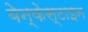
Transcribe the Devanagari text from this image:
बेन्केस्टाइन